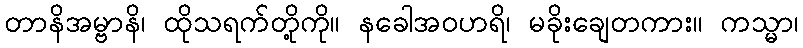
တာနိအမ္ဗာနိ၊ ထိုသရက်တို့ကို။ နခေါအဝဟရိ၊ မခိုးချေတကား။ ကသ္မာ၊